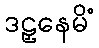
ဒဠှနေမိံ